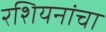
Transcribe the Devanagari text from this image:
रशियनांचा